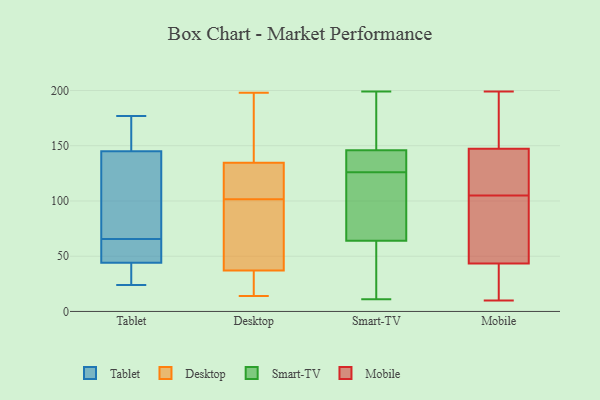
{"axis": {"x": "Temperature (°C)", "y": "Value"}, "legend": ["Desktop", "Mobile", "Smart-TV", "Tablet"], "data": [{"x": "", "y": 24, "type": "Tablet"}, {"x": "", "y": 63, "type": "Tablet"}, {"x": "", "y": 142, "type": "Tablet"}, {"x": "", "y": 68, "type": "Tablet"}, {"x": "", "y": 30, "type": "Tablet"}, {"x": "", "y": 172, "type": "Tablet"}, {"x": "", "y": 161, "type": "Tablet"}, {"x": "", "y": 145, "type": "Tablet"}, {"x": "", "y": 34, "type": "Tablet"}, {"x": "", "y": 59, "type": "Tablet"}, {"x": "", "y": 177, "type": "Tablet"}, {"x": "", "y": 44, "type": "Tablet"}, {"x": "", "y": 126, "type": "Tablet"}, {"x": "", "y": 48, "type": "Tablet"}, {"x": "", "y": 146, "type": "Tablet"}, {"x": "", "y": 32, "type": "Tablet"}, {"x": "", "y": 51, "type": "Tablet"}, {"x": "", "y": 122, "type": "Tablet"}, {"x": "", "y": 178, "type": "Desktop"}, {"x": "", "y": 62, "type": "Desktop"}, {"x": "", "y": 21, "type": "Desktop"}, {"x": "", "y": 20, "type": "Desktop"}, {"x": "", "y": 113, "type": "Desktop"}, {"x": "", "y": 90, "type": "Desktop"}, {"x": "", "y": 41, "type": "Desktop"}, {"x": "", "y": 34, "type": "Desktop"}, {"x": "", "y": 40, "type": "Desktop"}, {"x": "", "y": 28, "type": "Desktop"}, {"x": "", "y": 126, "type": "Desktop"}, {"x": "", "y": 198, "type": "Desktop"}, {"x": "", "y": 14, "type": "Desktop"}, {"x": "", "y": 173, "type": "Desktop"}, {"x": "", "y": 142, "type": "Desktop"}, {"x": "", "y": 56, "type": "Desktop"}, {"x": "", "y": 125, "type": "Desktop"}, {"x": "", "y": 127, "type": "Desktop"}, {"x": "", "y": 124, "type": "Desktop"}, {"x": "", "y": 161, "type": "Desktop"}, {"x": "", "y": 137, "type": "Smart-TV"}, {"x": "", "y": 32, "type": "Smart-TV"}, {"x": "", "y": 111, "type": "Smart-TV"}, {"x": "", "y": 87, "type": "Smart-TV"}, {"x": "", "y": 130, "type": "Smart-TV"}, {"x": "", "y": 37, "type": "Smart-TV"}, {"x": "", "y": 130, "type": "Smart-TV"}, {"x": "", "y": 146, "type": "Smart-TV"}, {"x": "", "y": 94, "type": "Smart-TV"}, {"x": "", "y": 181, "type": "Smart-TV"}, {"x": "", "y": 11, "type": "Smart-TV"}, {"x": "", "y": 64, "type": "Smart-TV"}, {"x": "", "y": 167, "type": "Smart-TV"}, {"x": "", "y": 141, "type": "Smart-TV"}, {"x": "", "y": 58, "type": "Smart-TV"}, {"x": "", "y": 190, "type": "Smart-TV"}, {"x": "", "y": 122, "type": "Smart-TV"}, {"x": "", "y": 199, "type": "Smart-TV"}, {"x": "", "y": 106, "type": "Mobile"}, {"x": "", "y": 88, "type": "Mobile"}, {"x": "", "y": 16, "type": "Mobile"}, {"x": "", "y": 168, "type": "Mobile"}, {"x": "", "y": 41, "type": "Mobile"}, {"x": "", "y": 199, "type": "Mobile"}, {"x": "", "y": 105, "type": "Mobile"}, {"x": "", "y": 10, "type": "Mobile"}, {"x": "", "y": 150, "type": "Mobile"}, {"x": "", "y": 11, "type": "Mobile"}, {"x": "", "y": 115, "type": "Mobile"}, {"x": "", "y": 40, "type": "Mobile"}, {"x": "", "y": 90, "type": "Mobile"}, {"x": "", "y": 177, "type": "Mobile"}, {"x": "", "y": 51, "type": "Mobile"}, {"x": "", "y": 92, "type": "Mobile"}, {"x": "", "y": 139, "type": "Mobile"}, {"x": "", "y": 126, "type": "Mobile"}, {"x": "", "y": 176, "type": "Mobile"}]}